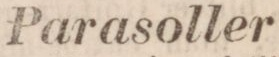
Parasoller